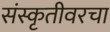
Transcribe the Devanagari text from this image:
संस्कृतीवरचा